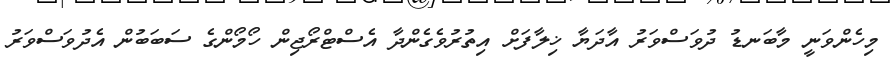
މިހެންވަނީ މާބަނޑު ދުވަސްވަރު އާދަޔާ ޚިލާފަށް އިތުރުވެގެންދާ އެސްޓްރޯޖިން ހޯމޯންގެ ސަބަބުން އެދުވަސްވަރު